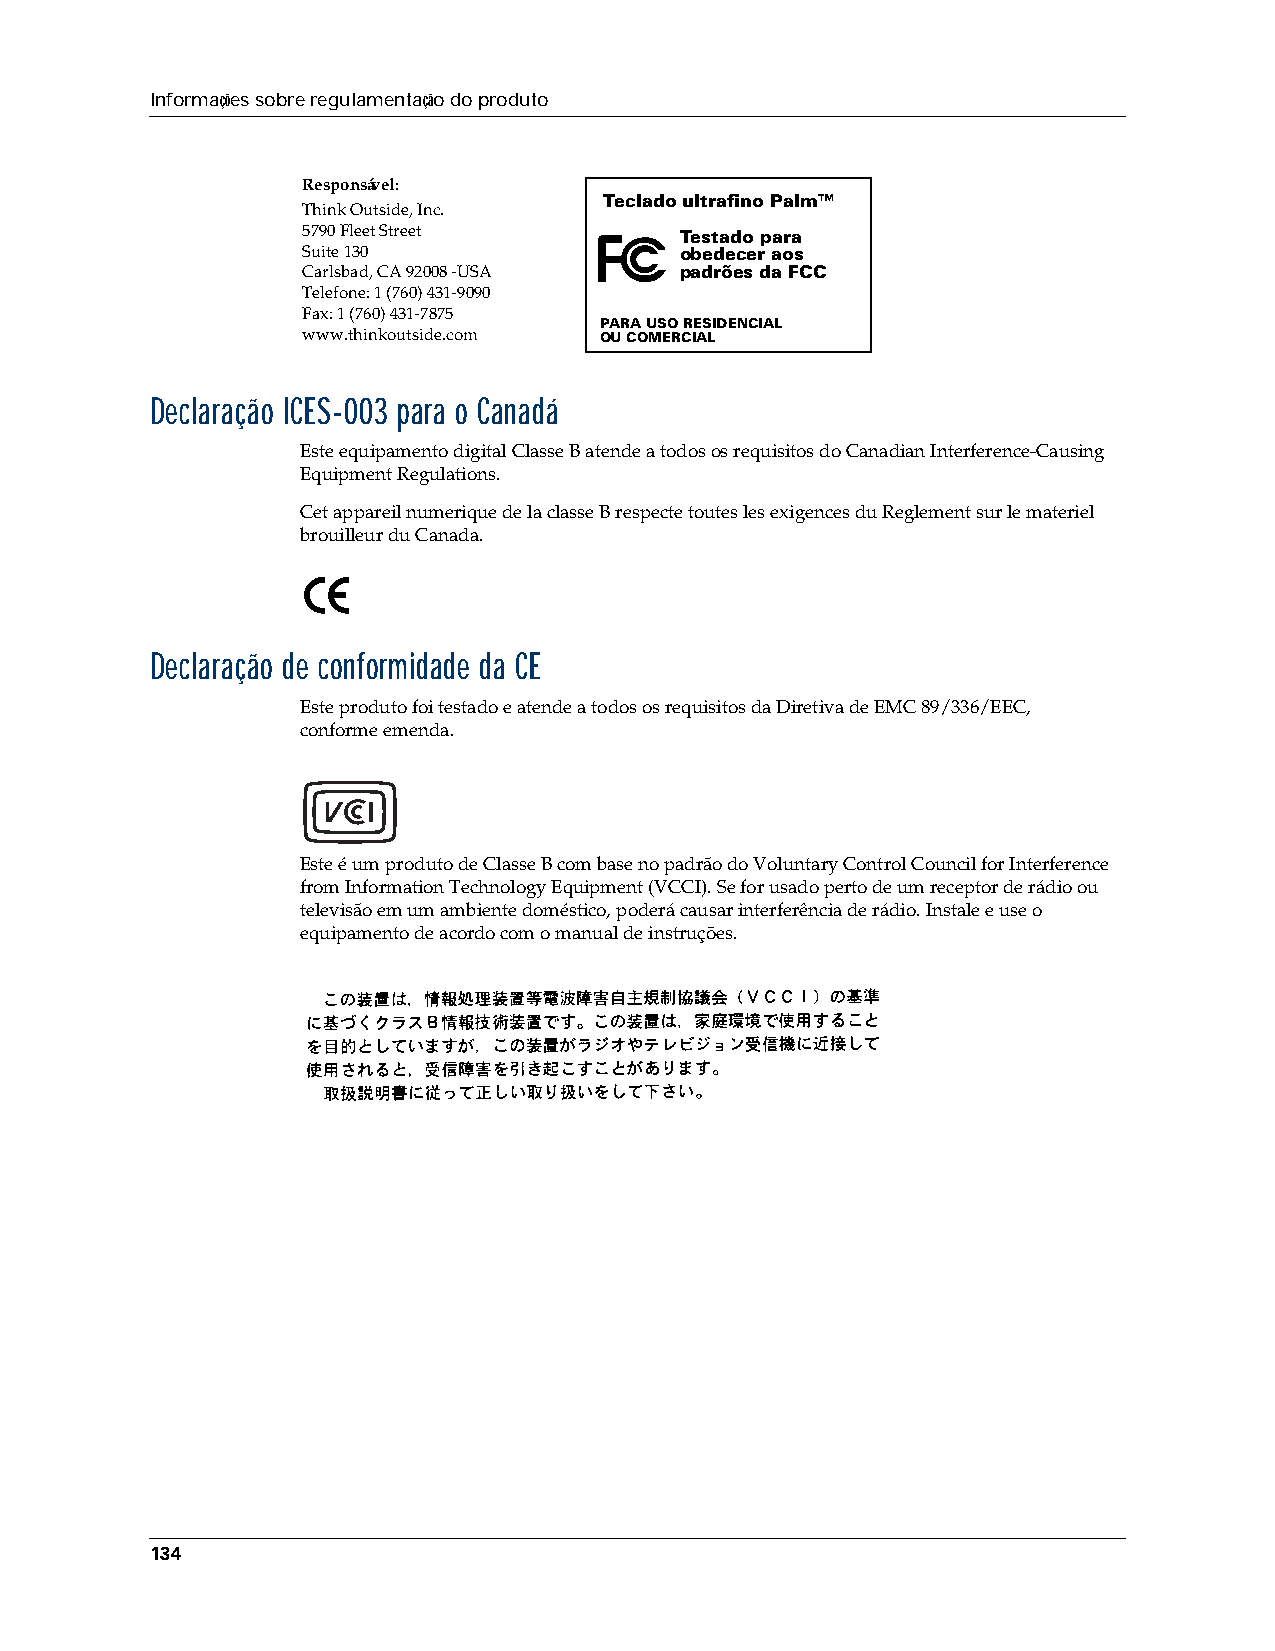
Informações sobre regulamentação do produto
 Responsável:
 Teclado ultrafino Palm™
 Think Outside, Inc.
 5790 Fleet Street        Testado para
 Suite 130                obedecer aos
 Carlsbad, CA 92008 -USA  padrões da FCC
 Telefone: 1 (760) 431-9090
 Fax: 1 (760) 431-7875
 PARA USO RESIDENCIAL
 www.thinkoutside.com OUCOMERCIAL
 Declaração ICES-003 para o Canadá
 Este equipamento digital Classe B atende a todos os requisitos do Canadian Interference-Causing
 Equipment Regulations.
 Cet appareil numerique de la classe B respecte toutes les exigences du Reglement sur le materiel
 brouilleur du Canada.
 Declaração de conformidade da CE
 Este produto foi testado e atende a todos os requisitos da Diretiva de EMC 89/336/EEC,
 conformeemenda.
 Este é um produto de Classe B com base no padrão do Voluntary Control Council for Interference
 from Information Technology Equipment (VCCI). Se for usado perto de um receptor de rádio ou
 televisão em um ambiente doméstico, poderá causar interferência de rádio. Instale e use o
 equipamento de acordo com o manual de instruções.
 134